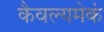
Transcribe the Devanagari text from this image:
कैवल्यमेकं